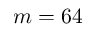
m = 6 4